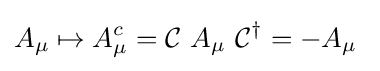
A_{\mu }\mapsto A_{\mu }^{c}={\mathcal {C}}\ A_{\mu }\ {\mathcal {C}}^{\dagger }=-A_{\mu }\